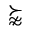
\succnapprox